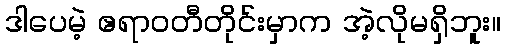
ဒါပေမဲ့ ဧရာဝတီတိုင်းမှာက အဲ့လိုမရှိဘူး။